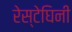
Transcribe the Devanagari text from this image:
रेस्टेघिनी